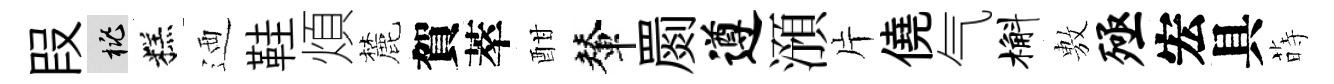
叚桃糕迺鞋煩麓賀萃酣輦罽遵澦片僥气槲𢾾殛宏具蒔